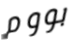
بووم